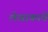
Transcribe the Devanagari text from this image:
लेखाकाचे